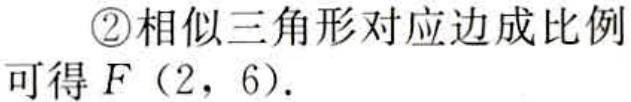
\textcircled{2}相似三角形对应边成比例
可得 \(F(2,6)\).